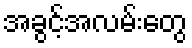
အခွင့်အလမ်းတွေ